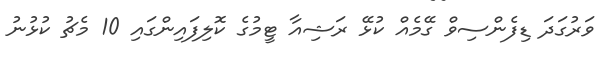
ވަރުގަދަ ޑިފެންސިވް ގޭމެއް ކުޅޭ ރަޝިއާ ޓީމުގެ ކޮލިފައިންގައި 10 މެޗު ކުޅުނު